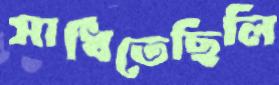
সাধিতেছিলি